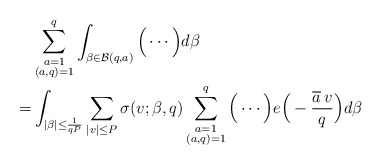
\begin{align*}&\sum_{\substack{a=1\\ (a,q)=1}}^q\int_{\beta\in\mathcal{B}(q,a)}\Big(\cdots\Big)d\beta\\=&\int_{|\beta|\le\frac{1}{qP}}\sum_{|v|\le P}\sigma(v;\beta,q)\sum_{\substack{a=1\\(a,q)=1}}^q\Big(\cdots\Big)e\Big(-\frac{\overline{a}\,v}{q}\Big)d\beta\end{align*}